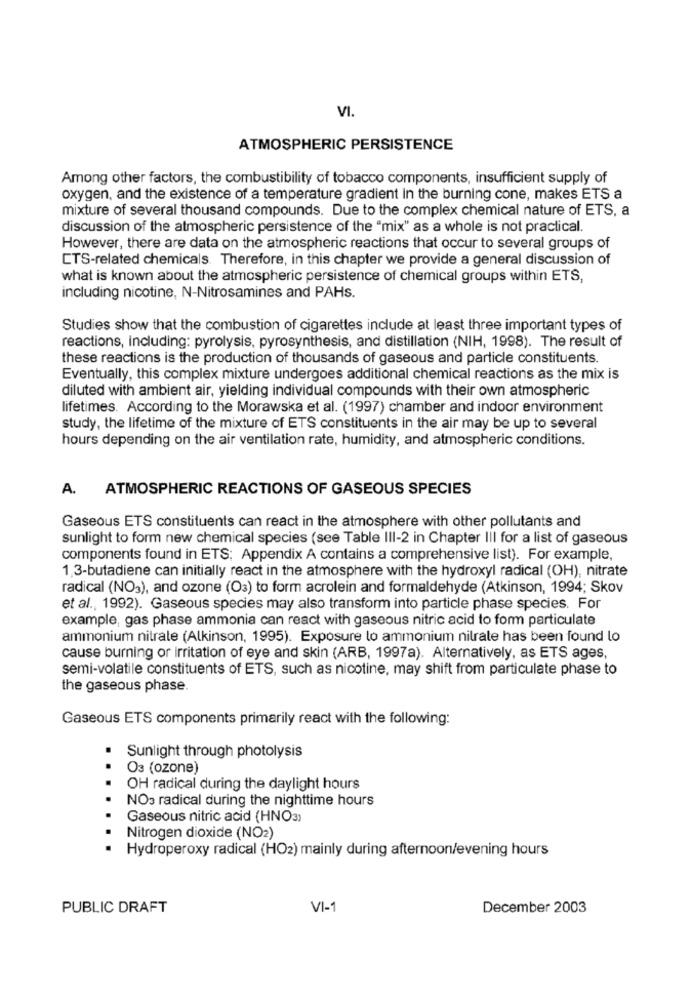
VI.
ATMOSPHERIC PERSISTENCE
Among other factors, the combustibility of tobacco components, insufficient supply of
oxygen, and the existence of a temperature gradient in the burning cone, makes ETS a
mixture of several thousand compounds. Due to the complex chemical nature of ETS, a
discussion of the atmospheric persistence of the "mix" as a whole is not practical.
However, there are data on the atmospheric reactions that occur to several groups of
CTS-related chemicals. Therefore, in this chapter we provide a general discussion of
what is known about the atmospheric persistence of chemical groups within ETS,
including nicotine, N-Nitrosamines and PAHS.
Studies show that the combustion of cigarettes include at least three important types of
reactions, including: pyrolysis, pyrosynthesis, and distillation (NIH, 1998). The result of
these reactions is the production of thousands of gaseous and particle constituents.
Eventually, this complex mixture undergoes additional chemical reactions as the mix is
diluted with ambient air, yielding individual compounds with their own atmospheric
lifetimes. According to the Morawska et al. (1997) chamber and indoor environment
study, the lifetime of the mixture of ETS constituents in the air may be up to several
hours depending on the air ventilation rate, humidity, and atmospheric conditions.
A.
ATMOSPHERIC REACTIONS OF GASEOUS SPECIES
Gaseous ETS constituents can react in the atmosphere with other pollutants and
sunlight to form new chemical species (see Table III-2 in Chapter III for a list of gaseous
components found in ETS: Appendix A contains a comprehensive list). For example,
1.3-butadiene can initially react in the atmosphere with the hydroxyl radical (OH), nitrate
radical (NO3), and ozone (O3) to form acrolein and formaldehyde (Atkinson, 1994; Skov
et al ., 1992). Gaseous species may also transform into particle phase species. For
example, gas phase ammonia can react with gaseous nitric acid to form particulate
ammonium nitrate (Alkinson, 1995). Exposure to ammonium nitrate has been found lo
cause burning or irritation of eye and skin (ARB, 1997a). Alternatively, as ETS ages,
semi-volatile constituents of ETS, such as nicotine, may shift from particulate phase to
the gaseous phase.
Gaseous ETS components primarily react with the following:
Sunlight through photolysis
Os (ozone)
OH radical during the daylight hours
NO3 radical during the nighttime hours
.
Gaseous nitric acid (HNO3)
Nitrogen dioxide (NO2)
..
Hydroperoxy radical (HO2) mainly during afternoon/evening hours
PUBLIC DRAFT
VI-1
December 2003